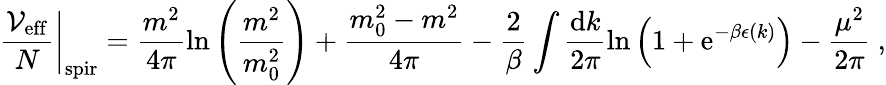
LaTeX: \left.\frac{{\cal V}_{\mathrm{eff}}}{N}\right|_{\mathrm{spir}}=\frac{m^{2}}{4\pi}\ln\left(\frac{m^{2}}{m_{0}^{2}}\right)+\frac{m_{0}^{2}-m^{2}}{4\pi}-\frac{2}{\beta}\int\frac{\mathrm{d}k}{2\pi}\ln\left(1+\mathrm{e}^{-\beta\epsilon(k)}\right)-\frac{\mu^{2}}{2\pi}\ ,